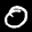
Label: 0